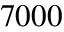
7 0 0 0